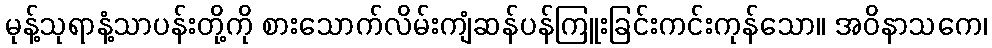
မုန့်သုရာနံ့သာပန်းတို့ကို စားသောက်လိမ်းကျံဆန်ပန်ကြူးခြင်းကင်းကုန်သော။ အဝိနာသကေ၊